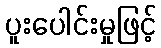
ပူးပေါင်းမှုဖြင့်